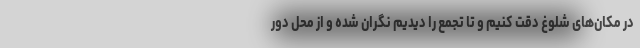
در مکان‌های شلوغ دقت کنیم و تا تجمع را دیدیم نگران شده و از محل دور